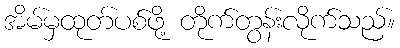
အိမ်မှထုတ်ပစ်ဖို့ တိုက်တွန်းလိုက်သည်။